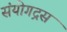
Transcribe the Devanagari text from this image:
संयोगद्रस